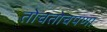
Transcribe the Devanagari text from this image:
तोचतोचपणा